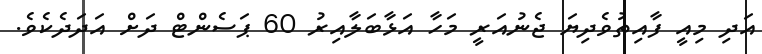
އަދި މިއީ ފާއިތުވެދިޔަ ޖެނުއަރީ މަހާ އަޅާބަލާއިރު 60 ޕަސެންޓް ދަށް އަދަދެކެވެ.